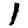
Digit: 1